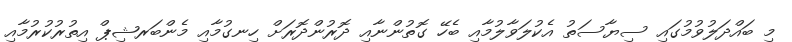
މި ބައްދަލުވުމުގައި ސިޔާސަތު އެކުލަވާލުމާއި ބެހޭ ގޮތުންނާއި ދޮރުންދޮރަށް ހިނގުމާއި މެންބަރޝިޕް އިތުރުކުރުމާއި